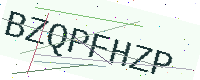
Text: BZQPFHZP